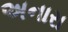
અનારા